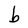
Character: b